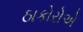
ઠાકોરોએ